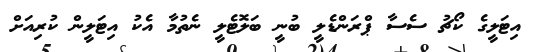
އިޓަލީގެ ކޯޗު ސެސާ ޕްރަންޑެލީ ބުނީ ބަލޮޓެލީ ނެތުމާ އެކު އިޓަލީން ކުރިއަށް